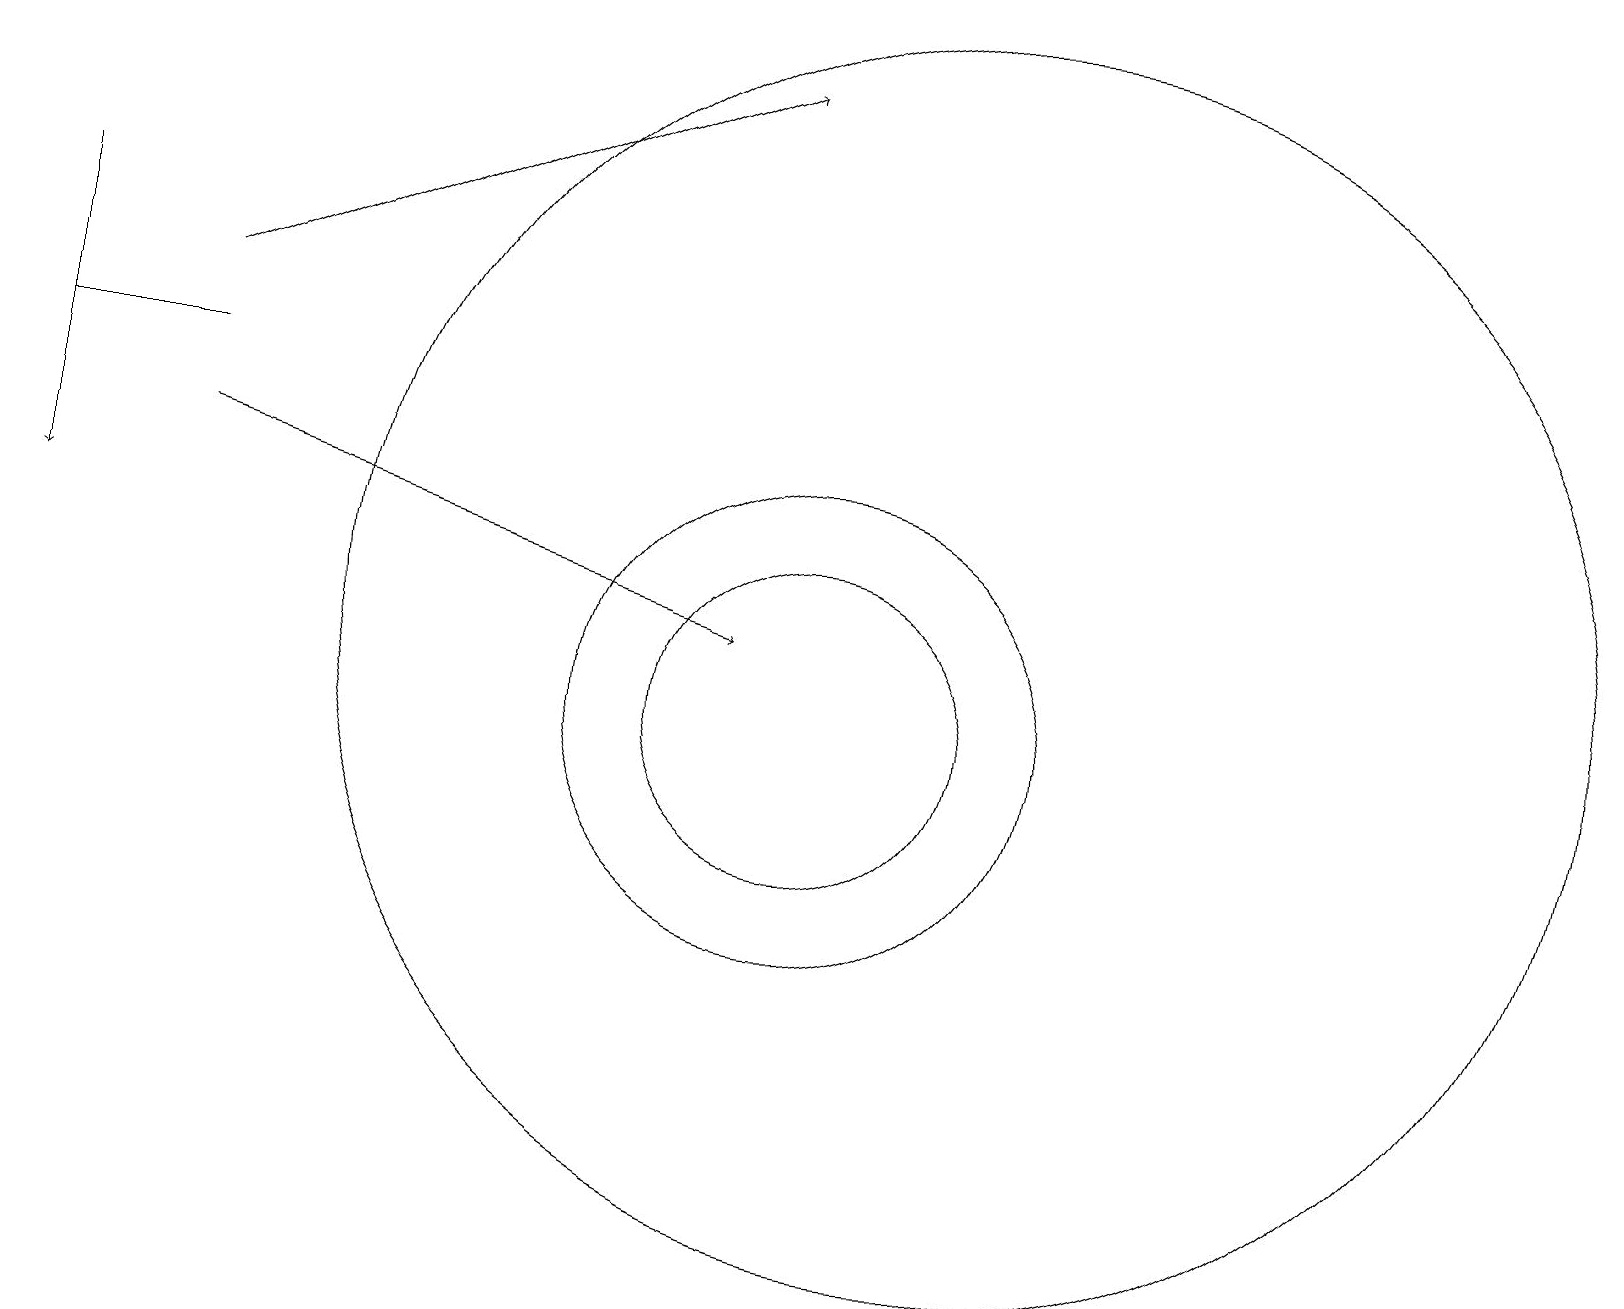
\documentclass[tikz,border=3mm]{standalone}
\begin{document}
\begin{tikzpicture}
\draw (12,11) circle (8);
\draw (0,14) rectangle (2,14);
\draw (10,10) circle (3);
\draw (10,10) circle (2);
\draw[->] (2,13) -- (9,11);
\draw[->] (2,15) -- (9,18);
\draw[->] (0,16) -- (0,12);
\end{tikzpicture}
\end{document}